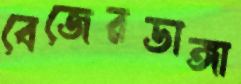
বেজেরডাঙ্গা